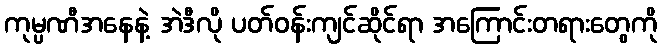
ကုမ္ပဏီအနေနဲ့ အဲဒီလို ပတ်ဝန်းကျင်ဆိုင်ရာ အကြောင်းတရားတွေကို